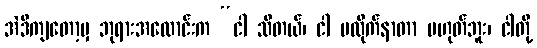
အဲဒီကျတော့မှ ဘုရားအလောင်းက “ငါ သိတယ်၊ ငါ မလိုက်နာတာ မဟုတ်ဘူး၊ ငါတို့